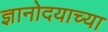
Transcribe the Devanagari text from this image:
ज्ञानोदयाच्या